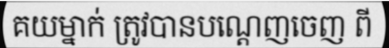
គយម្នាក់ ត្រូវបានបណ្តេញចេញ ពី